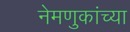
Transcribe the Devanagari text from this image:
नेमणुकांच्या